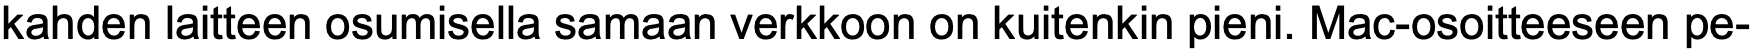
kahden laitteen osumisella samaan verkkoon on kuitenkin pieni. Mac-osoitteeseen pe-